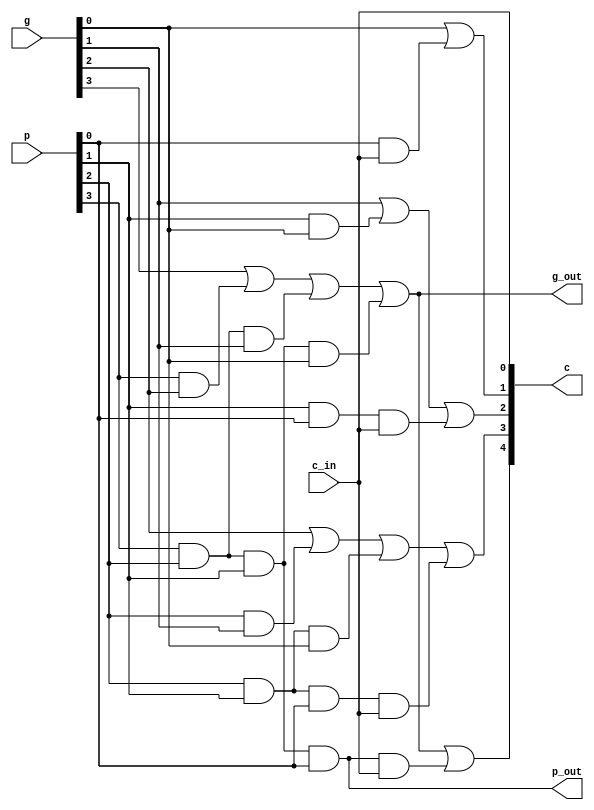
/*
 * Assignment	: 3
 * problem No.	: 1
 * Semester		: Autumn 2022 
 * group 		: 31
 * Name1 		: Srishty gandhi
 * RollNumber1 	: 20CS30052
 * Name2 		: Yatindra Indoria
 * RollNumber2 	: 20CS30060
 */

 `timescale 1ns / 1ps
module lookahead_carry_unit(
    input c_in,
    input [3:0] p,
    input [3:0] g,
    output [4:0] c,
    output p_out,
    output g_out
    );

/*
	Logic:
	
	c[i+1] --> g[i] | (p[i] & c[i])
	
	c[1] = g[0] | (p[0] & c[0]) = g[0] | (p[0] & c_in)
	c[2] = g[1] | (p[1] & c[1]) = g[1] | (p[1] & g[0]) | (p[1] & p[0] & c_in)
	c[3] = g[2] | (p[2] & c[2]) = g[2] | (p[2] & g[1]) | (p[2] & p[1] & g[0]) | (p[2] & p[1] & p[0] & c_in)
	c[4] = g[3] | (p[3] & c[3]) = g[3] | (p[3] & g[2]) | (p[3] & p[2] & g[1]) | (p[3] & p[2] & p[1] & g[0]) | (p[3] & p[2] & p[1] & p[0] & c_in)
	
	Also block propogate p_out and generate g_out are calculated as
	p_out = p[3] & p[2] & p[1] & p[0]
	g_out = g[3] | (p[3] & g[2]) | (p[3] & p[2] & g[1]) | (p[3] & p[2] & p[1] & g[0])
*/
	
	// compute the carry bits
	assign c[0] = c_in;
	assign c[1] = g[0] | (p[0] & c_in);
	assign c[2] = g[1] | (p[1] & g[0]) | (p[1] & p[0] & c_in);
	assign c[3] = g[2] | (p[2] & g[1]) | (p[2] & p[1] & g[0]) | (p[2] & p[1] & p[0] & c_in);
	assign c[4] = g[3] | (p[3] & g[2]) | (p[3] & p[2] & g[1]) | (p[3] & p[2] & p[1] & g[0]) | (p[3] & p[2] & p[1] & p[0] & c_in);
	
	// compute block propagate and generate for the next level
	assign p_out = p[3] & p[2] & p[1] & p[0];
	assign g_out = g[3] | (p[3] & g[2]) | (p[3] & p[2] & g[1]) | (p[3] & p[2] & p[1] & g[0]);

endmodule